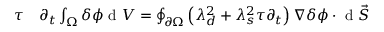
\begin{array} { r l } { \tau } & { { } \partial _ { t } \int _ { \Omega } \delta \phi \mathrm { ~ d ~ } V = \oint _ { \partial \Omega } \left( \lambda _ { d } ^ { 2 } + \lambda _ { s } ^ { 2 } \tau \partial _ { t } \right) \nabla \delta \phi \cdot \mathrm { ~ d ~ } \vec { S } } \end{array}